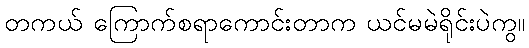
တကယ် ကြောက်စရာကောင်းတာက ယင်မမဲရိုင်းပဲကွ။